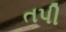
તપી